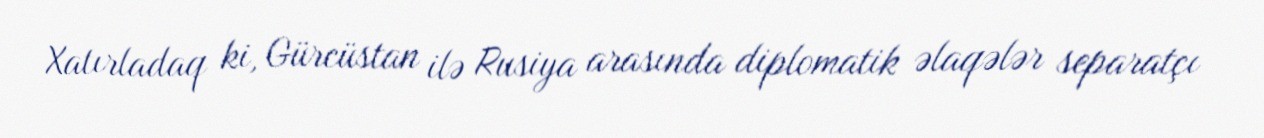
Xatırladaq ki, Gürcüstan ilə Rusiya arasında diplomatik əlaqələr separatçı